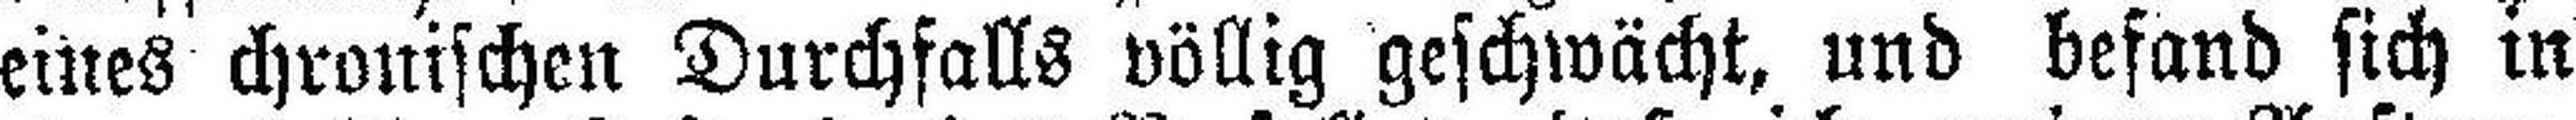
eines chronischen Durchfalls völlig geschwächt, und befand sich in